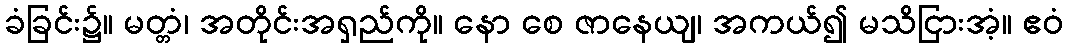
ခံခြင်း၌။ မတ္တံ၊ အတိုင်းအရှည်ကို။ နော စေ ဇာနေယျ၊ အကယ်၍ မသိငြားအံ့။ ဧဝံ